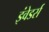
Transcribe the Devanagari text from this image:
इंवेडर्स